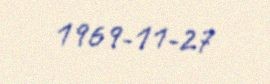
1969-11-27